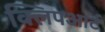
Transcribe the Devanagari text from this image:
क्लिपआर्ट